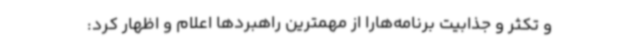
و تکثر و جذابیت برنامه‌هارا از مهمترین راهبردها اعلام و اظهار کرد: